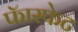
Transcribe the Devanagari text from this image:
फॅास्फेट